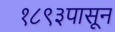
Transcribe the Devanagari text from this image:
१८९३पासून